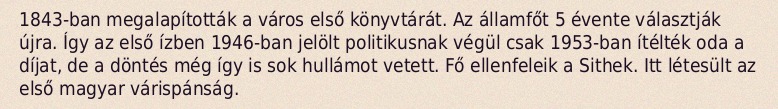
1843-ban megalapították a város első könyvtárát. Az államfőt 5 évente választják újra. Így az első ízben 1946-ban jelölt politikusnak végül csak 1953-ban ítélték oda a díjat, de a döntés még így is sok hullámot vetett. Fő ellenfeleik a Sithek. Itt létesült az első magyar várispánság.